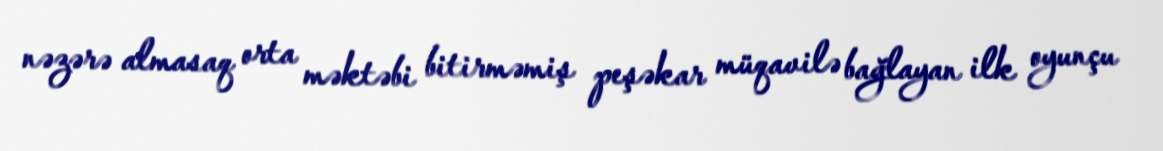
nəzərə almasaq orta məktəbi bitirməmiş peşəkar müqavilə bağlayan ilk oyunçu